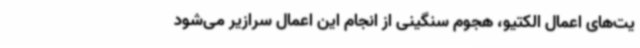
یت‌های اعمال الکتیو، هجوم سنگینی از انجام این اعمال سرازیر می‌شود